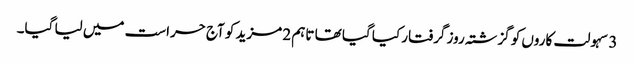
3 سہولت کاروں کو گزشتہ روز گرفتار کیا گیا تھا تاہم 2 مزید کو آج حراست میں لیا گیا۔